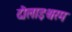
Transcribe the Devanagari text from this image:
दौलाइश्वरम